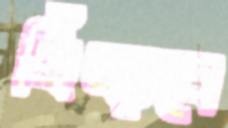
হিঁচ্‌ড়বে